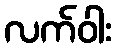
လက်ဝါး